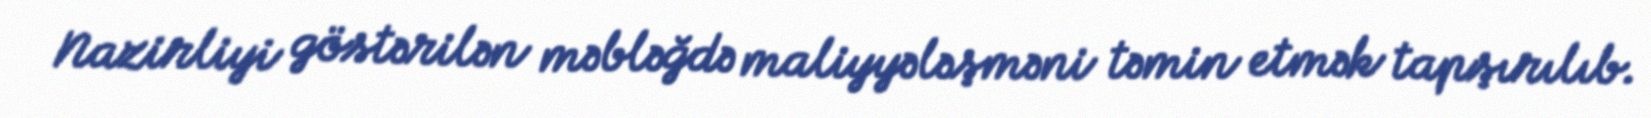
Nazirliyi göstərilən məbləğdə maliyyələşməni təmin etmək tapşırılıb.